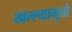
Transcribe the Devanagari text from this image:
खल्ल्यामुळे